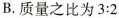
B.质量之比为$$3:2$$